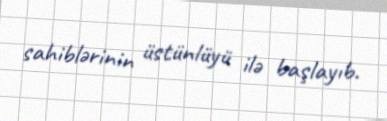
sahiblərinin üstünlüyü ilə başlayıb.